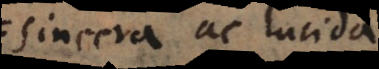
sincera ac lucida